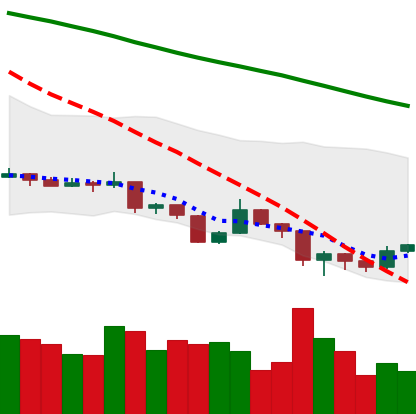
Ticker: XLM-USD
Chart end date: 2019-08-19
Forward return: -6.314%
Label: down_5_7